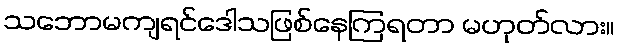
သဘောမကျရင်ဒေါသဖြစ်နေကြရတာ မဟုတ်လား။